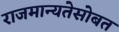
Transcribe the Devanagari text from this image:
राजमान्यतेसोबत